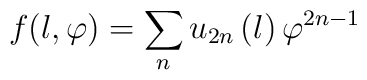
f(l,\varphi )=\sum_{n}u_{2n}\left( l\right) \varphi ^{2n-1}